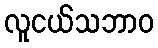
လူငယ်သဘာဝ